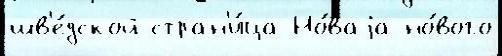
шв'е́дской стран'и́ца Но́ваjа но́вого